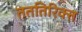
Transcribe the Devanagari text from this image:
तततिरिक्त